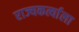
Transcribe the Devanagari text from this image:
राज्यकर्त्याला